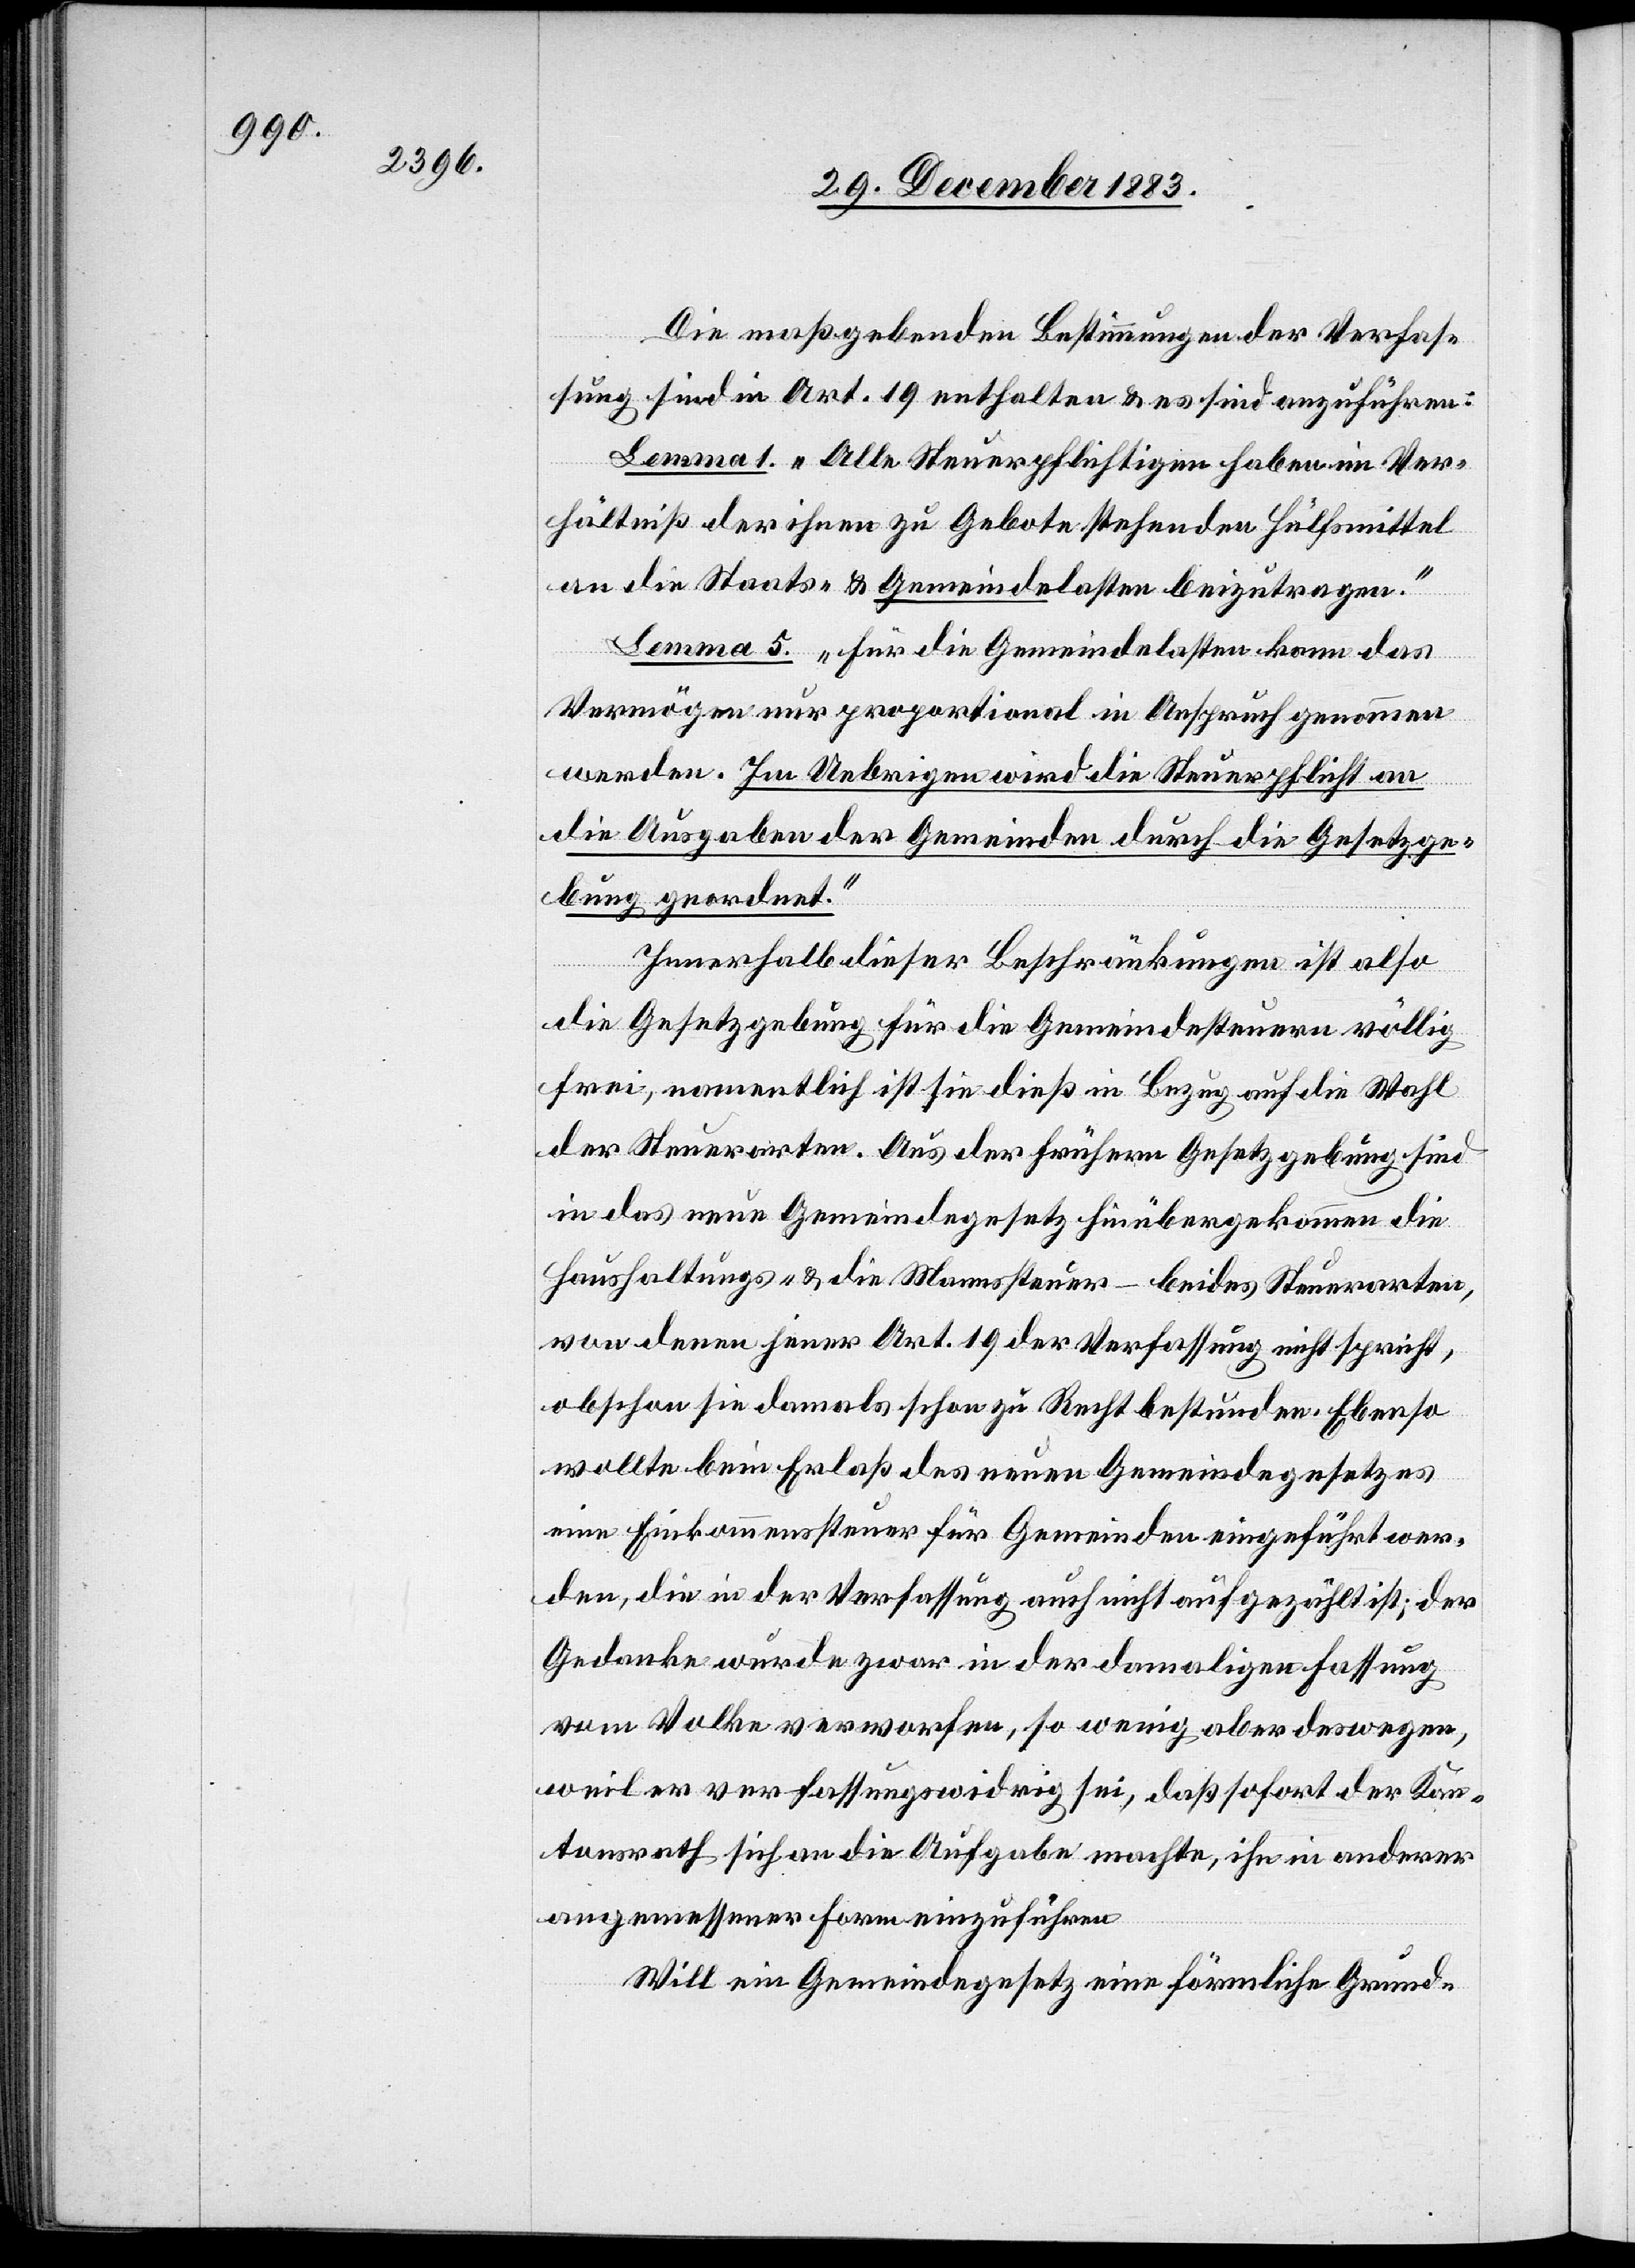
Die maßgebenden Bestimmungen der Verfas¬
sung sind in Art. 19 enthalten & es sind anzuführen:
Lemma 1. „Alle Steuerpflichtigen haben im Ver¬
hältniß der ihnen zu Gebote stehenden Hülfsmittel
an die Staats- & Gemeindelasten beizutragen.“
Lemma 5. „Für die Gemeindelasten kann das
Vermögen nur proportional in Anspruch genommen
werden. Im Uebrigen wird die Steuerpflicht an
die Ausgaben der Gemeinden durch die Gesetzge¬
bung geordnet.“
Innerhalb dieser Beschränkungen ist also
die Gesetzgebung für die Gemeindesteuern völlig
frei, namentlich ist sie dieß in Bezug auf die Wahl
der Steuerorten. Aus der frühern Gesetzgebung sind
in das neue Gemeindegesetz hinübergekommen die
Haushaltungs- & die Mannsteuer – beides Steuerarten,
von denen jener Art. 19 der Verfassung nicht spricht,
obschon sie damals schon zu Recht bestunden. Ebenso
wollte bein [sic!] Erlaß des neuen Gemeindegesetzes
eine Einkommenssteuer für Gemeinden eingeführt wer¬
den, die in der Verfassung auch nicht aufgezählt ist; der
Gedanke wurde zwar in der damaligen Fassung
vom Volke verworfen, so wenig aber deswegen,
weil er verfassungswidrig sei, daß sofort der Kan¬
tonsrath sich an die Aufgabe machte, ihn in anderer
angemessener Form einzuführen.
Will ein Gemeindegesetz eine förmliche Grund-